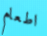
اطعام